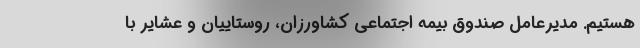
هستیم. مدیرعامل صندوق بیمه اجتماعی کشاورزان، روستاییان و عشایر با